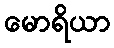
မောရိယာ